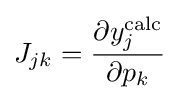
J_{jk}={\frac {\partial y_{j}^{\mathrm {calc} }}{\partial p_{k}}}